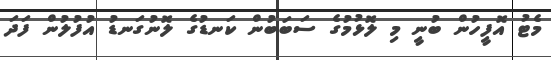
މެޓު އޮފީހުން ބުނީ މި ލޮޅުމުގެ ސަބަބުން ކަނޑުގެ ލޮނުގަނޑު އުފުލުން ފަދަ